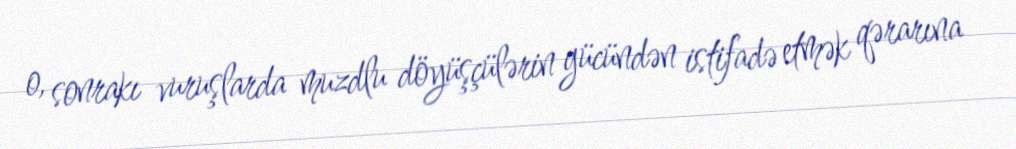
o, sonrakı vuruşlarda muzdlu döyüşçülərin gücündən istifadə etmək qərarına